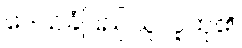
ဒေသခံပြည်သူလူထု၏